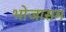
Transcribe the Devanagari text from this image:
भोजासम